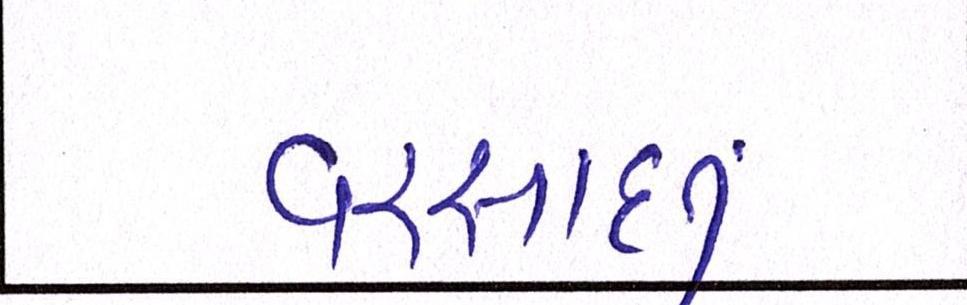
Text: વરસાદનું